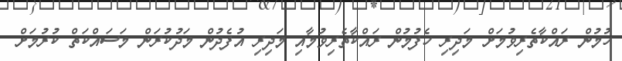
ހުމުން ރައްކާތެރިވުމަށް މަދިރި ހެފުމުން ރައްކާތެރިވުމާއި މަދިރި އުފެދުން މަދުކުރަން މަސައްކަތް ކުރުމަށް